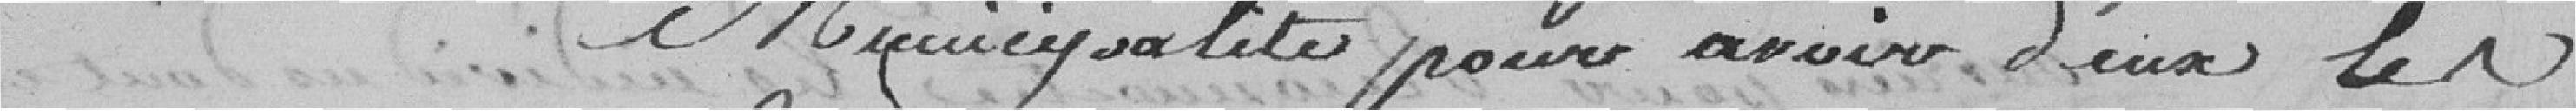
Mijuicysa lite pour avoir Deux UN